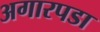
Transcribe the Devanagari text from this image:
अगारपडा